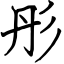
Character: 彤